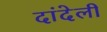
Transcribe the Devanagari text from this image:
दांदेली